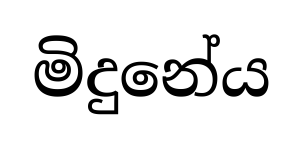
මිදුනේය